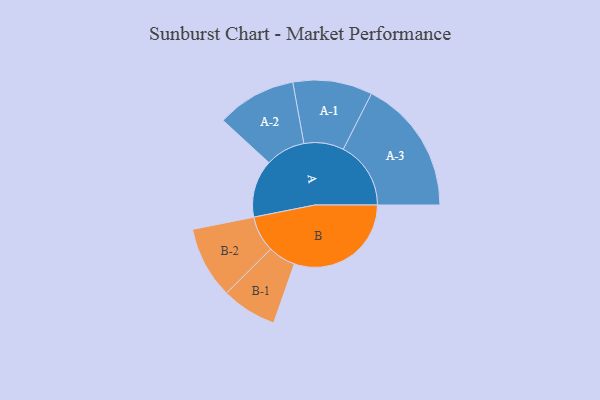
{"axis": {"x": "Segment", "y": "Value"}, "legend": ["", "A", "B"], "data": [{"x": "A", "y": 232, "type": ""}, {"x": "B", "y": 471, "type": ""}, {"x": "A-1", "y": 160, "type": "A"}, {"x": "A-2", "y": 160, "type": "A"}, {"x": "A-3", "y": 272, "type": "A"}, {"x": "B-1", "y": 111, "type": "B"}, {"x": "B-2", "y": 145, "type": "B"}]}